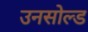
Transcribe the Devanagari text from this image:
उनसोल्ड